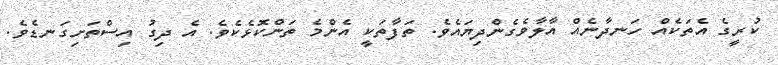
ކުރީގެ އެތަކެއް ހަނދާނެއް އާލާވެގެންދިޔައެވެ. ތަފާތަކީ އެންމެ ތަންކޮޅެކެވެ. އެ ދިގު އިސްތަށިގަނޑެވެ.